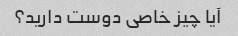
آیا چیز خاصی دوست دارید؟